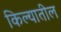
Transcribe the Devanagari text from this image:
किल्यातील